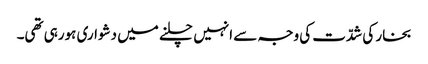
بخار کی شدّت کی وجہ سے انہیں چلنے میں دشواری ہورہی تھی۔